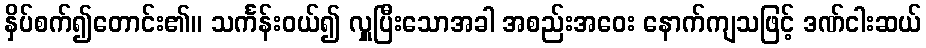
နှိပ်စက်၍တောင်း၏။ သင်္ကန်းဝယ်၍ လှူပြီးသောအခါ အစည်းအဝေး နောက်ကျသဖြင့် ဒဏ်ငါးဆယ်